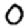
Digit: 0